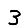
Digit: 3